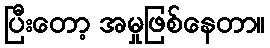
ပြီးတော့ အမှုဖြစ်နေတာ။